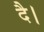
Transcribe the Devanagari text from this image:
दै।